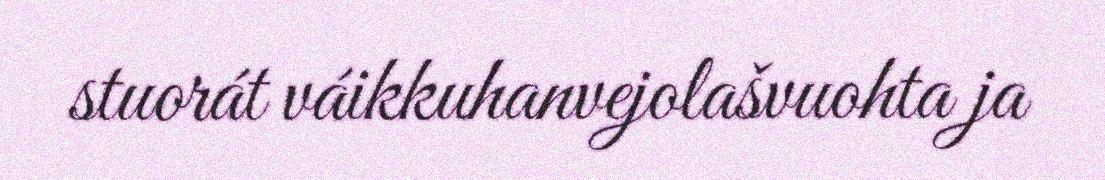
stuorát váikkuhanvejolašvuohta ja